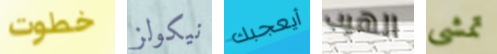
خطوت نيكولز أيعجبك الهيب تمشى